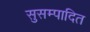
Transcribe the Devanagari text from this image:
सुसम्पादित